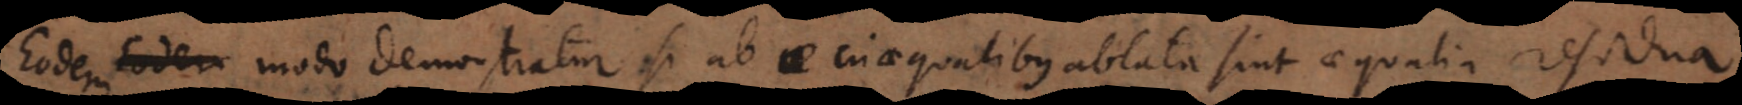
Eodem modo demonstratur si ab inaequalibus ablata sint aequalia residua